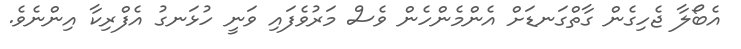
އެބޯލާ ޖެހިގެން ގާތްގަނޑަށް އެންމެންހެން ވެސް މަރުވެފައި ވަނީ ހުޅަނގު އެފްރިކާ އިންނެވެ.